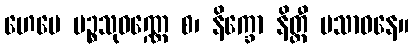
ဟေမေ ပဉ္စသုဝဏ္ဏေ စ၊ နိက္ခော နိတ္ထီ ပသာဓနေ။